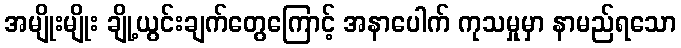
အမျိုးမျိုး ချို့ယွင်းချက်တွေကြောင့် အနာပေါက် ကုသမှုမှာ နာမည်ရသော